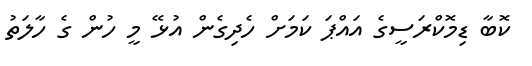
ކޮބާ ޑިމޮކްރަސީގެ އައްޕަ ކަމަށް ހެދިގެން އުޅޭ މީ ހުން ގެ ހާލަތު